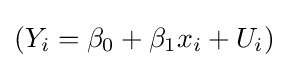
(Y_{i}=\beta _{0}+\beta _{1}x_{i}+U_{i})